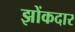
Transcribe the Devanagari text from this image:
झोंकदार